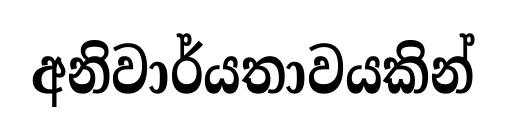
අනිවාර්යතාවයකින්